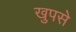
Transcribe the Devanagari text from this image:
खुपसे